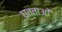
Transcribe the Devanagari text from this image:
घत्ताओं